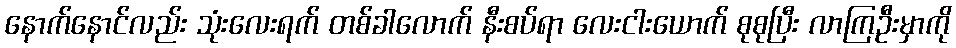
နောက်နောင်လည်း သုံးလေးရက် တစ်ခါလောက် နီးစပ်ရာ လေးငါးယောက် စုစုပြီး လာကြဦးမှာကို